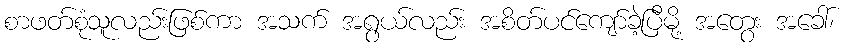
စာဖတ်စုံသူလည်းဖြစ်ကာ အသက် အရွယ်လည်း အစိတ်ပင်ကျော်ခဲ့ပြီမို့ အတွေး အခေါ်၊